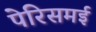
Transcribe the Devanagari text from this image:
पेरिसमई